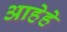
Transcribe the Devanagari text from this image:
आहेहे